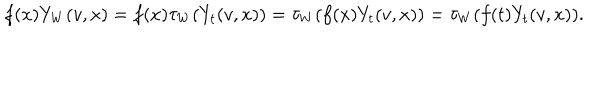
LaTeX: f ( x ) Y _ { W } ( v , x ) = f ( x ) \tau _ { W } ( Y _ { t } ( v , x ) ) = \tau _ { W } ( f ( x ) Y _ { t } ( v , x ) ) = \tau _ { W } ( f ( t ) Y _ { t } ( v , x ) ) .